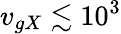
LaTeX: v_{gX}\lesssim 10^{3}